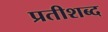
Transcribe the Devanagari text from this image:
प्रतीशब्द